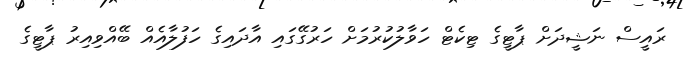
ރައީސް ނަޝީދަށް ޕާޓީގެ ޓިކެޓް ހަވާލުކުރުމަށް ހަރުގޭގައި އާދައިގެ ހަފުލާއެއް ބޭއްވިއިރު ޕާޓީގެ